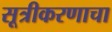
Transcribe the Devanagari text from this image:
सूत्रीकरणाचा